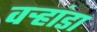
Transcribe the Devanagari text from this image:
वर्‍हांडा